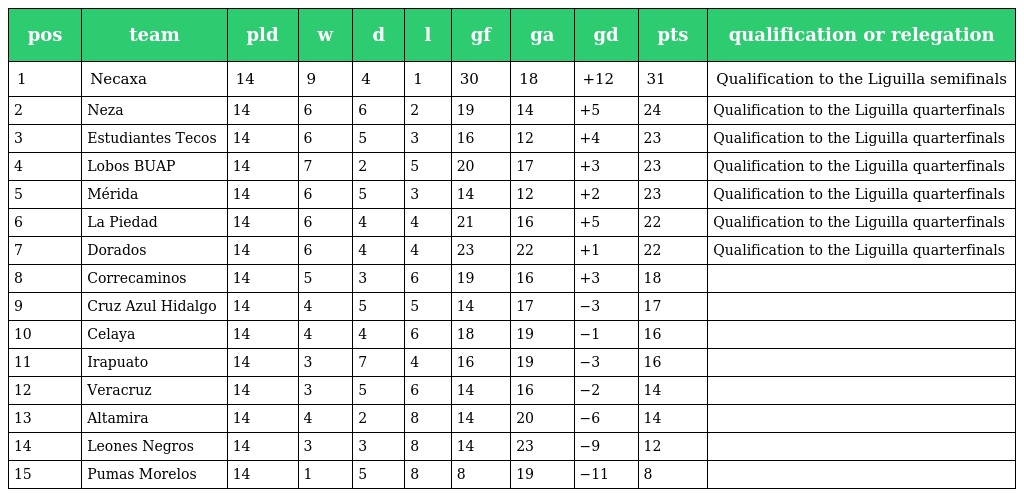
| pos | team | pld | w | d | l | gf | ga | gd | pts | qualification or relegation |
 | --- | --- | --- | --- | --- | --- | --- | --- | --- | --- | --- |
 | 1 | Necaxa | 14 | 9 | 4 | 1 | 30 | 18 | +12 | 31 | Qualification to the Liguilla semifinals |
 | 2 | Neza | 14 | 6 | 6 | 2 | 19 | 14 | +5 | 24 | Qualification to the Liguilla quarterfinals |
 | 3 | Estudiantes Tecos | 14 | 6 | 5 | 3 | 16 | 12 | +4 | 23 | Qualification to the Liguilla quarterfinals |
 | 4 | Lobos BUAP | 14 | 7 | 2 | 5 | 20 | 17 | +3 | 23 | Qualification to the Liguilla quarterfinals |
 | 5 | Mérida | 14 | 6 | 5 | 3 | 14 | 12 | +2 | 23 | Qualification to the Liguilla quarterfinals |
 | 6 | La Piedad | 14 | 6 | 4 | 4 | 21 | 16 | +5 | 22 | Qualification to the Liguilla quarterfinals |
 | 7 | Dorados | 14 | 6 | 4 | 4 | 23 | 22 | +1 | 22 | Qualification to the Liguilla quarterfinals |
 | 8 | Correcaminos | 14 | 5 | 3 | 6 | 19 | 16 | +3 | 18 |  |
 | 9 | Cruz Azul Hidalgo | 14 | 4 | 5 | 5 | 14 | 17 | −3 | 17 |  |
 | 10 | Celaya | 14 | 4 | 4 | 6 | 18 | 19 | −1 | 16 |  |
 | 11 | Irapuato | 14 | 3 | 7 | 4 | 16 | 19 | −3 | 16 |  |
 | 12 | Veracruz | 14 | 3 | 5 | 6 | 14 | 16 | −2 | 14 |  |
 | 13 | Altamira | 14 | 4 | 2 | 8 | 14 | 20 | −6 | 14 |  |
 | 14 | Leones Negros | 14 | 3 | 3 | 8 | 14 | 23 | −9 | 12 |  |
 | 15 | Pumas Morelos | 14 | 1 | 5 | 8 | 8 | 19 | −11 | 8 |  |